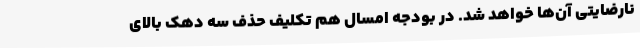
نارضایتی آن‌ها خواهد شد. در بودجه امسال هم تکلیف حذف سه دهک بالای